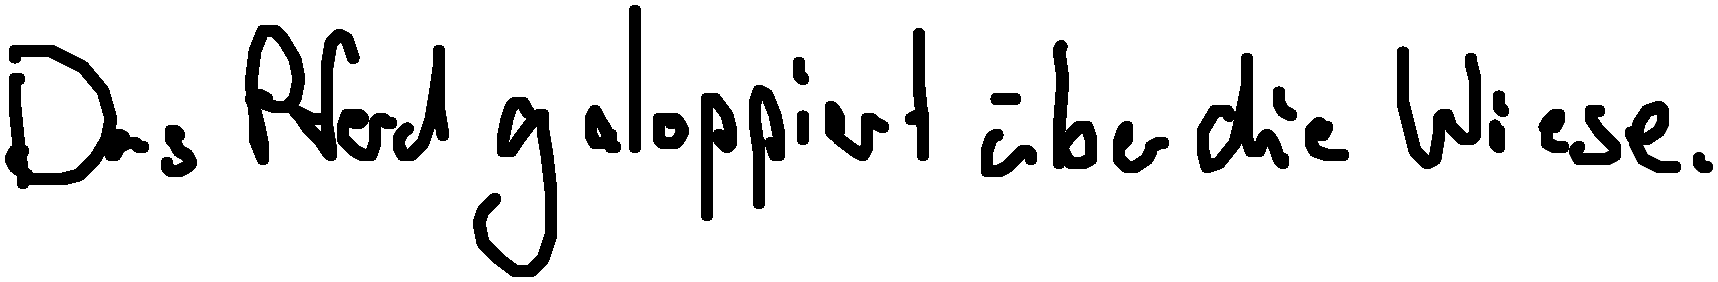
Das Pferd galoppiert über die Wiese.